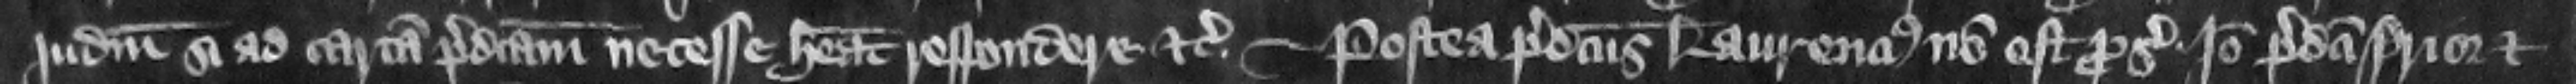
iudicium si ad cartam predictam necesse habeat respondere etc. Postea predictus Laurencius non est prosecutus. Ideo predicti prior et